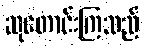
ဆုတောင်းကြသည်